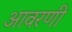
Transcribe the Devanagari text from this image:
आवरणी